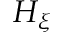
H _ { \xi }